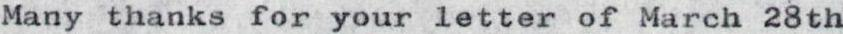
Many thanks for your letter of March 28th